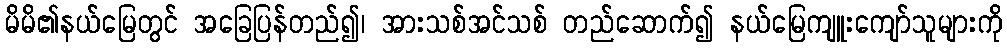
မိမိ၏နယ်မြေတွင် အခြေပြန်တည်၍၊ အားသစ်အင်သစ် တည်ဆောက်၍ နယ်မြေကျူးကျော်သူများကို